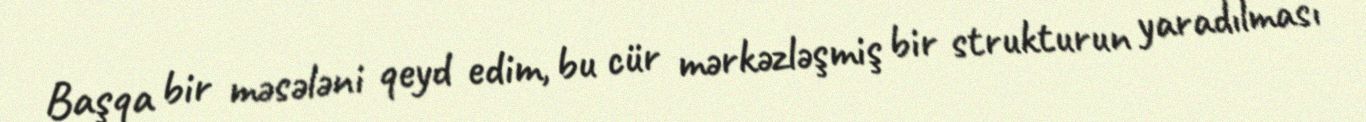
Başqa bir məsələni qeyd edim, bu cür mərkəzləşmiş bir strukturun yaradılması